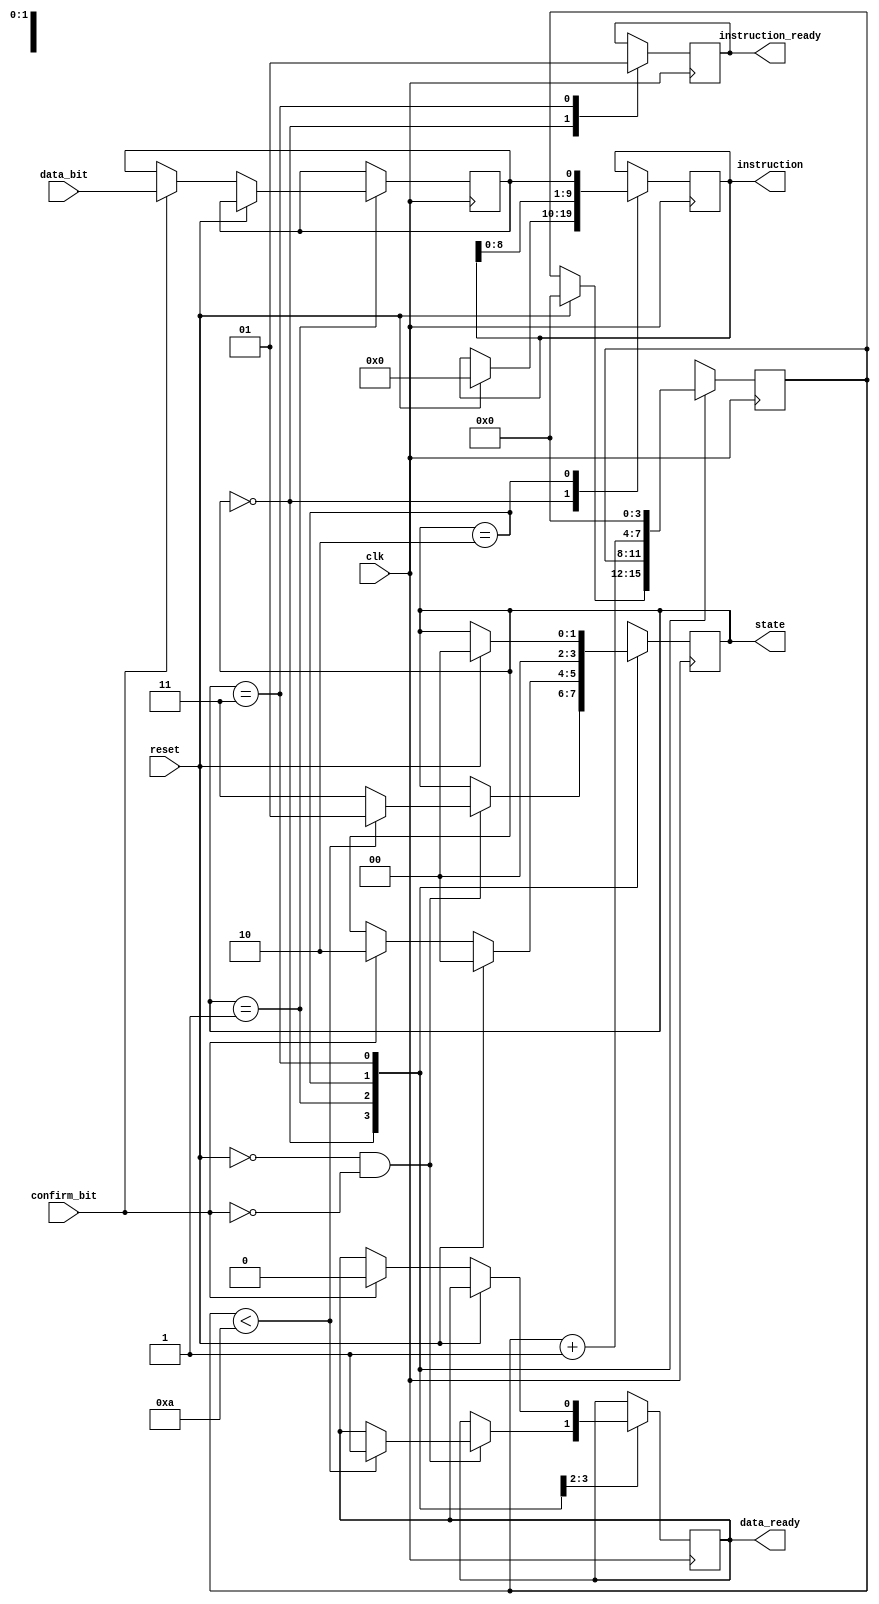
module Instruction2
(
	input	clk, data_bit, confirm_bit, reset,
	output reg instruction_ready, data_ready,
	output reg[9:0] instruction,
	output reg[1:0] state
);

//reg[1:0] state;
parameter counting = 0, receive = 1, confirmed = 2, complete = 3;
reg[3:0] counter;
reg new_bit;

// confirmed buffer
/*
have data_ready on mbed
fpga reads 1 bit from data line
fpga sends data_ack(nowledged)
data_ready goes low on mbed as soon as it sees ack si gnal
*/
reg [3:0] confirmed_timer;

always @ (posedge clk) begin
	case(state)
		
		counting : begin  //State 0
		
			instruction_ready <= 0;
			if(reset) begin
				instruction <= 0;
				counter <= 0;
			end
			
			if(!reset && !confirm_bit) begin
				//data_ready <= 1;
				if(counter < 10) begin
					data_ready <= 1; //want data_ready = 1 only when we receive data, we DON'T want it = 1 if we go to complete
					state <= receive;
				end
				else state <= complete;
			end
			
		end
		
		receive : begin   //State 1
			
			if(reset) state = counting;
			else if(confirm_bit) begin
				data_ready <= 0;
				new_bit <= data_bit;
				state <= confirmed;
			end
			
		end
		
		confirmed : begin //State 2
		
			//if (confirmed_timer > 10) begin
			counter = counter + 1;
			instruction <= {instruction[8:0], new_bit};
			state <= counting;
			//end
			//else confirmed_timer = confirmed_timer + 1;
			
		end
		
		complete : begin  //State 3
		
			instruction_ready <= 1;
			counter <= 0; //hmm... counter should be reset here, shouldn't matter if it isn't but better add it for reference at least
			if(reset) state <= counting;
			
		end
		
	endcase
	
end

endmodule